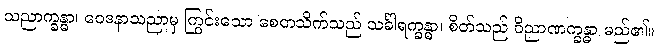
သညာက္ခန္ဓာ၊ ဝေဒနာသညာမှ ကြွင်းသော စေတသိက်သည် သင်္ခါရက္ခန္ဓာ၊ စိတ်သည် ဝိညာဏက္ခန္ဓာ မည်၏။